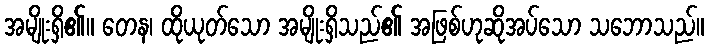
အမျိုးရှိ၏။ တေန၊ ထိုယုတ်သော အမျိုးရှိသည်၏ အဖြစ်ဟုဆိုအပ်သော သဘောသည်။